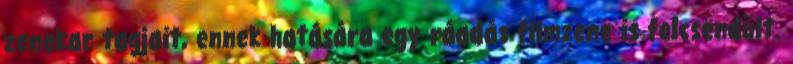
zenekar tagjait, ennek hatására egy ráadás filmzene is felcsendült.